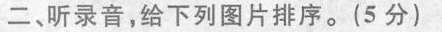
二、听录音，给下列图片排序。(5分)